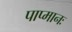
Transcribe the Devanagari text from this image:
पाप्मानः